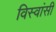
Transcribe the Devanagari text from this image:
विस्‍वांसी